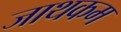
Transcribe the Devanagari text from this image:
जाथकम